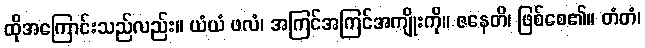
ထိုအကြောင်းသည်လည်း။ ယံယံ ဖလံ၊ အကြင်အကြင်အကျိုးကို။ ဇနေတိ၊ ဖြစ်စေ၏။ တံတံ၊